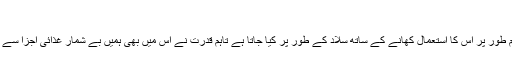
کھیرا صحت اور غذائیت کا خزانہ – News Inn
کھیرے کا شمار بھی غذائیت سے بھر پور ایک سبزی میں ہوتا ہے اور عام طور پر اس کا استعمال کھانے کے ساتھ سلاد کے طور پر کیا جاتا ہے تاہم قدرت نے اس میں بھی ہمیں بے شمار غذائی اجزا سے نوازا ہے جو جسم کو مختلف اندرونی اور بیرونی بیماریوں سے بچاتے ہیں۔